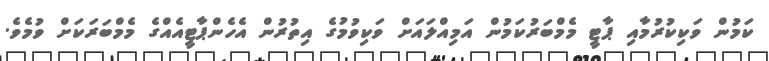
ކަމުން ވަކިކުރުމާއި ޕާޓީ މެމްބަރުކަމުން އަމިއްލައަށް ވަކިވުމުގެ އިތުރުން އެހެންޕާޓީއެއްގެ މެމްބަރަކަށް ވުމެވެ.